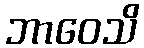
ဘာဝေသိ